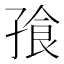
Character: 𪦿